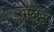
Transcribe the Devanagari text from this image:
मलुकु